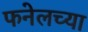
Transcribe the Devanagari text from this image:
फनेलच्या